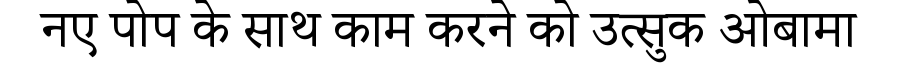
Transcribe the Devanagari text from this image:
नए पोप के साथ काम करने को उत्सुक ओबामा